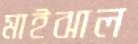
মাইঝাল